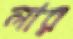
লার